Report on vaccination in Madras 1922-1929 - 1922-1929
Year: 1922
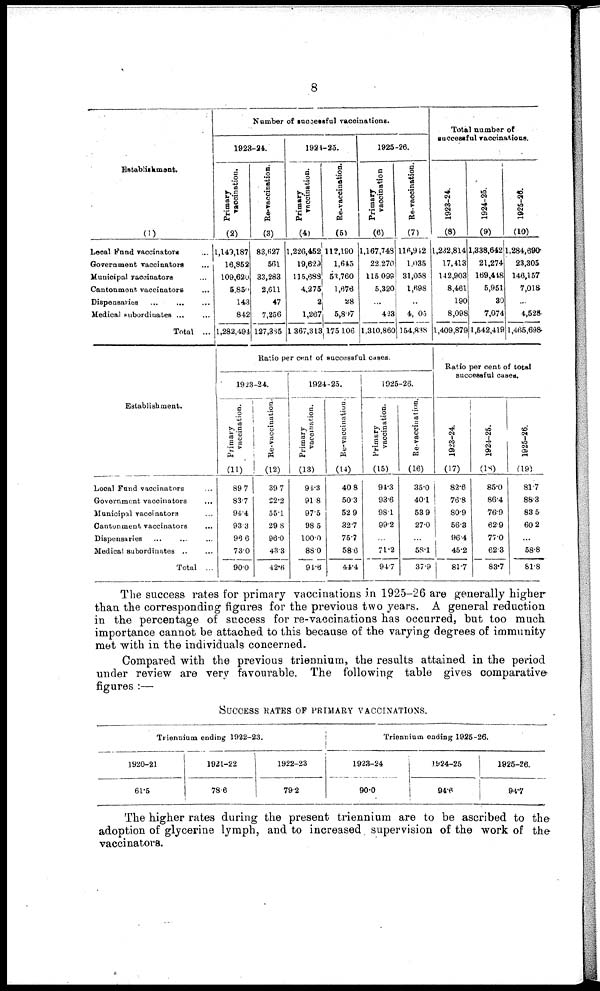
8
Establishment.
(1)
Local Fund vaccinators ...
Government vaccinators ...
Municipal vaccinators ...
Cantonment vaccinators ...
Dispensaries
...
...
...
Medical subordinates ... ...
Total ...
Number of successful vaccinations.
1923-24.
Primary
vaccination.
(2)
1,149,187
16,852
109,620
5,850
143
842
1,282,494
Re-vaccination.
(3)
83,627
561
33,283
2,611
47
7,256
127,385
1924-25.
Primary
vaccination.
(4)
1,226,452
19,629
115,688
4,275
2
1,267
1,367,313
Re-vaccination.
(5)
112,190
1,645
53,760
1,676
28
5,807
175,106
1925-26.
Primary
vaccination
(6)
1,167,748
22,270
115,098
5,320
...
423
1,310,860
Re-vaccination.
(7)
116,942
1,035
31,058
1,698
...
4,005
154,838
Total number of
successful vaccinations.
1923-24.
(8)
1,232,814
17,413
142,903
8,461
190
8,098
1,409,879
1924-25.
(9)
1,338,642
21,274
169,448
5,951
30
7,074
1,542,419
1925-26.
(10)
1,284,690
23,305
146,157
7,018
...
4,528
1,465,698
Establishment.
Local Fund vaccinators ...
Government vaccinators
...
Municipal vaccinators ...
Cantonment vaccinators ...
Dispensaries ... ... ...
Medical subordinates ... ...
Total ...
Ratio per cent of successful cases.
1923-24.
Primary
vaccination.
(11)
89.7
83.7
94.4
93.3
96.6
73.0
90.0
Re-vaccination.
(12)
39.7
22.2
55.1
29.8
96.0
43.3
42.6
1924-25.
Primary
vaccination.
(13)
94.3
91.8
97.5
98.5
100.0
88.0
94.6
Re-vaccination.
(14)
40.8
50.3
52.9
32.7
75.7
58.6
44.4
1925-26.
Primary
vaccination.
(15)
94.3
93.6
98.1
99.2
...
71.2
94.7
Re-vaccination.
(16)
35.0
40.1
53.9
27.0
...
58.1
37.9
Ratio per cent of total
successful cases.
1923-24.
(17)
82.6
76.8
80.9
56.3
96.4
45.2
81.7
1924-25.
(18)
85.0
86.4
76.9
62.9
77.0
62.3
83.7
1925-26.
(19)
81.7
88.3
83.5
60.2
...
58.8
81.8
The success rates for primary vaccinations in 1925-26 are generally higher
than the corresponding figures for the previous two years. A general reduction
in the percentage of success for re-vaccinations has occurred, but too much
importance cannot be attached to this because of the varying degrees of immunity
met with in the individuals concerned.
Compared with the previous triennium, the results attained in the period
under review are very favourable. The following table gives comparative
figures :—
SUCCESS RATES OF PRIMARY VACCINATIONS.
Triennium ending 1922-23.
1920-21
61.5
1921-22
78.6
1922-23
79.2
Triennium ending 1925-26.
1923-24
90.0
1924-25
94.6
1925-26.
94.7
The higher rates during the present triennium are to be ascribed to the
adoption of glycerine lymph, and to increased supervision of the work of the
vaccinators.